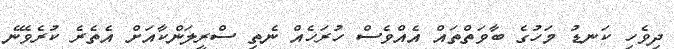
ދިވެހި ކަނޑު މަހުގެ ބާވަތްތައް އެއްވެސް ހުރަހެއް ނެތި ސްރީލަންކާއަށް އެތެރެ ކުރެވޭނެ